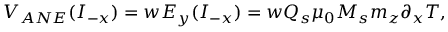
V _ { A N E } ( I _ { - x } ) = w E _ { y } ( I _ { - x } ) = w Q _ { s } \mu _ { 0 } M _ { s } m _ { z } \partial _ { x } T ,